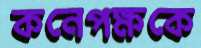
কনেপক্ষকে